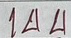
144